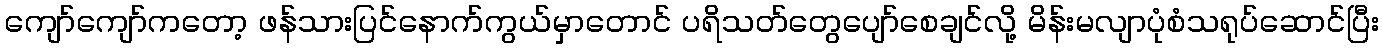
ကျော်ကျော်ကတော့ ဖန်သားပြင်နောက်ကွယ်မှာတောင် ပရိသတ်တွေပျော်စေချင်လို့ မိန်းမလျာပုံစံသရုပ်ဆောင်ပြီး